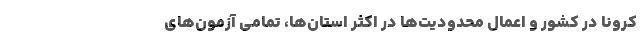
کرونا در کشور و اعمال محدودیت‌ها در اکثر استان‌ها، تمامی آزمون‌های